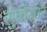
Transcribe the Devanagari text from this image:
सुत्रोद्धार